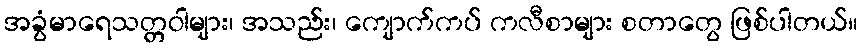
အခွံမာရေသတ္တဝါများ၊ အသည်း၊ ကျောက်ကပ် ကလီစာများ စတာတွေ ဖြစ်ပါတယ်။